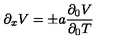
\partial _ { x } V = \pm a { \frac { \partial _ { 0 } V } { \partial _ { 0 } T } }